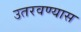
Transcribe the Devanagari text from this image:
उतरवण्यास